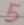
Text: 5